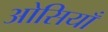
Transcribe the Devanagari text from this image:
ओसियाँ